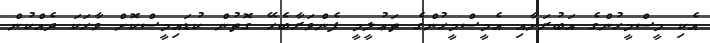
އެކި މީސްމީހުންގެ އަބުރަށާއި އެމީސްމީހުންގެ ތަޢުލީމީ ފެންވަރާބެހޭ ގޮތުން ކުޑައިމީސްކޮށް ވާހަކަ ދެއްކުން